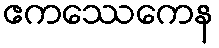
ဧကဿေကေန